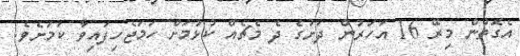
އެގޮތުން މިރޭ 16 އަހަރުން ދަށުގެ ދެ މެޗެއް ކުޅުމަށް ހަމަޖެހިފައިވާ ކަމަށެވެ.